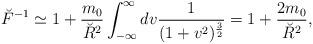
LaTeX: \begin{align*}{\breve F}^{-1} \simeq 1 + {m_0 \over \breve{R}^2}\int_{-\infty}^\infty dv {1\over (1+v^2)^{{3\over 2}}}= 1 +{2 m_0 \over \breve{R}^2},\end{align*}